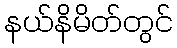
နယ်နိမိတ်တွင်